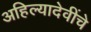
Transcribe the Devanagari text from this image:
अहिल्यादेवींचे